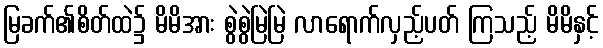
မြခက်၏စိတ်ထဲ၌ မိမိအား စွဲစွဲမြဲမြဲ လာရောက်လှည့်ပတ် ကြသည့် မိမိနှင့်